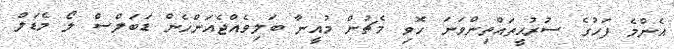
އެންމެ ފަހުގެ ސުރުޙީތައްތިންވަނަ ހޮވި މެޗުން މުއީނާ ބަލިވެއްޖެއަންހެން ޑަބަލްސް ލޯ މެޑަލް